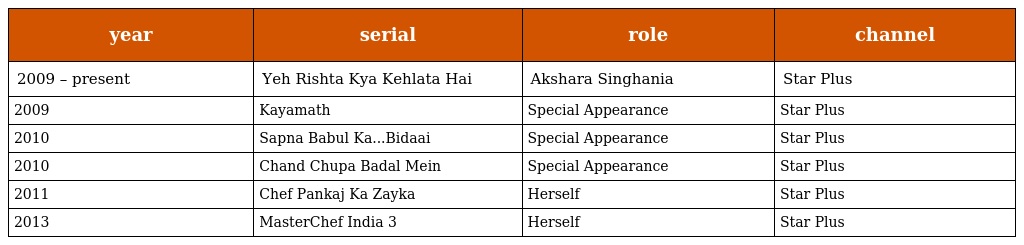
| year | serial | role | channel |
 | --- | --- | --- | --- |
 | 2009 – present | Yeh Rishta Kya Kehlata Hai | Akshara Singhania | Star Plus |
 | 2009 | Kayamath | Special Appearance | Star Plus |
 | 2010 | Sapna Babul Ka...Bidaai | Special Appearance | Star Plus |
 | 2010 | Chand Chupa Badal Mein | Special Appearance | Star Plus |
 | 2011 | Chef Pankaj Ka Zayka | Herself | Star Plus |
 | 2013 | MasterChef India 3 | Herself | Star Plus |